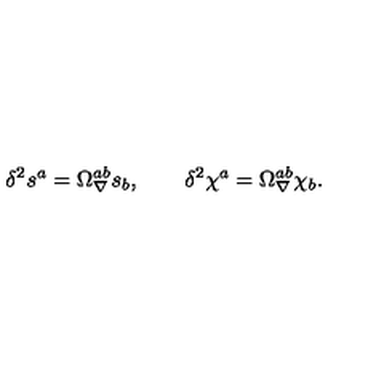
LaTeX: \delta ^ { 2 } s ^ { a } = \Omega _ { \nabla } ^ { a b } s _ { b } , \qquad \delta ^ { 2 } \chi ^ { a } = \Omega _ { \nabla } ^ { a b } \chi _ { b } .